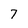
Character: 7